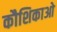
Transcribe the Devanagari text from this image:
कौशिकाओ